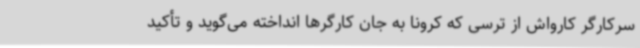
سرکارگر کارواش از ترسی که کرونا به جان کارگرها انداخته می‌گوید و تأکید